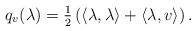
LaTeX: \begin{align*} q_v(\lambda)=\tfrac{1}{2}\left(\left\langle \lambda,\lambda \right \rangle + \left \langle \lambda,v\right \rangle\right).\end{align*}